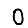
Digit: 0